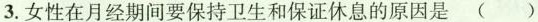
3.女性在月经期间要保持卫生和保证休息的原因是 ( )